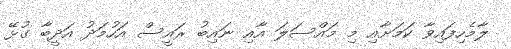
ލާމެހިފައިވާ ކަމަށާއި މި މައްސަލަ އާއި ނައިބު ރައީސް އަހުމަދު އަދީބާ ގުޅޭ